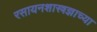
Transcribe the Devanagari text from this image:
रसायनशास्त्रज्ञाच्या